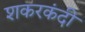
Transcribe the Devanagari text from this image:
शकरकंदी